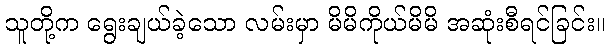
သူတို့က ရွေးချယ်ခဲ့သော လမ်းမှာ မိမိကိုယ်မိမိ အဆုံးစီရင်ခြင်း။